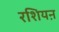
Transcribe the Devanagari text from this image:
रशियऩ